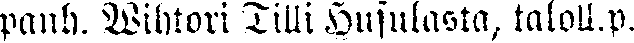
panh. Wihtori Tilli Husulasta, taloll.p.